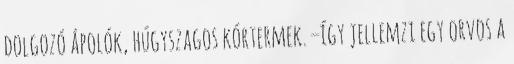
dolgozó ápolók, húgyszagos kórtermek. –így jellemzi egy orvos a